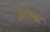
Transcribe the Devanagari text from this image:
उत्तला